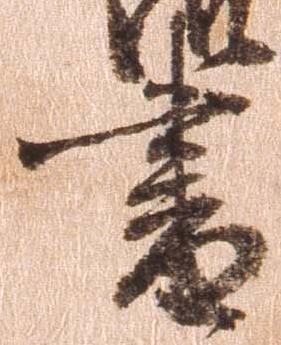
書